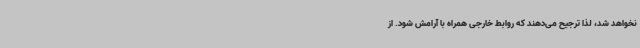
نخواهد شد، لذا ترجیح می‌دهند که روابط خارجی همراه با آرامش شود. از